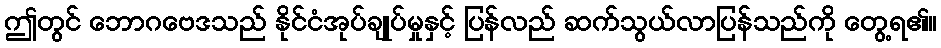
ဤတွင် ဘောဂဗေဒသည် နိုင်ငံအုပ်ချုပ်မှုနှင့် ပြန်လည် ဆက်သွယ်လာပြန်သည်ကို တွေ့ရ၏။